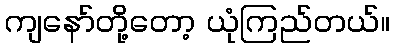
ကျနော်တို့တော့ ယုံကြည်တယ်။